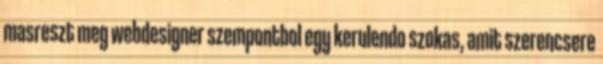
masreszt meg webdesigner szempontbol egy kerulendo szokas, amit szerencsere